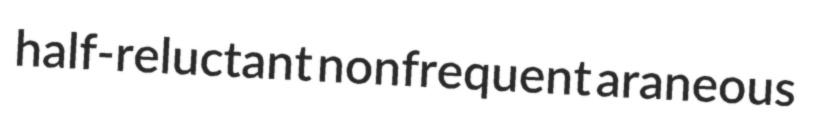
half-reluctant nonfrequent araneous